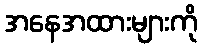
အနေအထားများကို